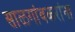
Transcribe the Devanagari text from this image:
साळगांवकरांना